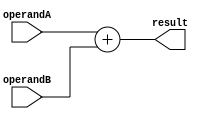
module float_adder (
  input wire [63:0] operandA,
  input wire [63:0] operandB,
  output wire [63:0] result
);

  always @(*) begin
    // Perform floating point addition
    result = operandA + operandB;
  end

endmodule